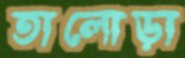
তালোড়া